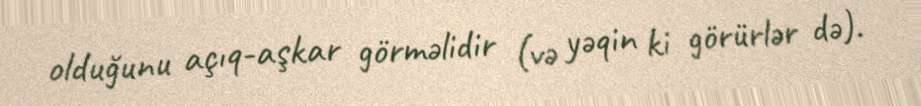
olduğunu açıq-aşkar görməlidir (və yəqin ki görürlər də).